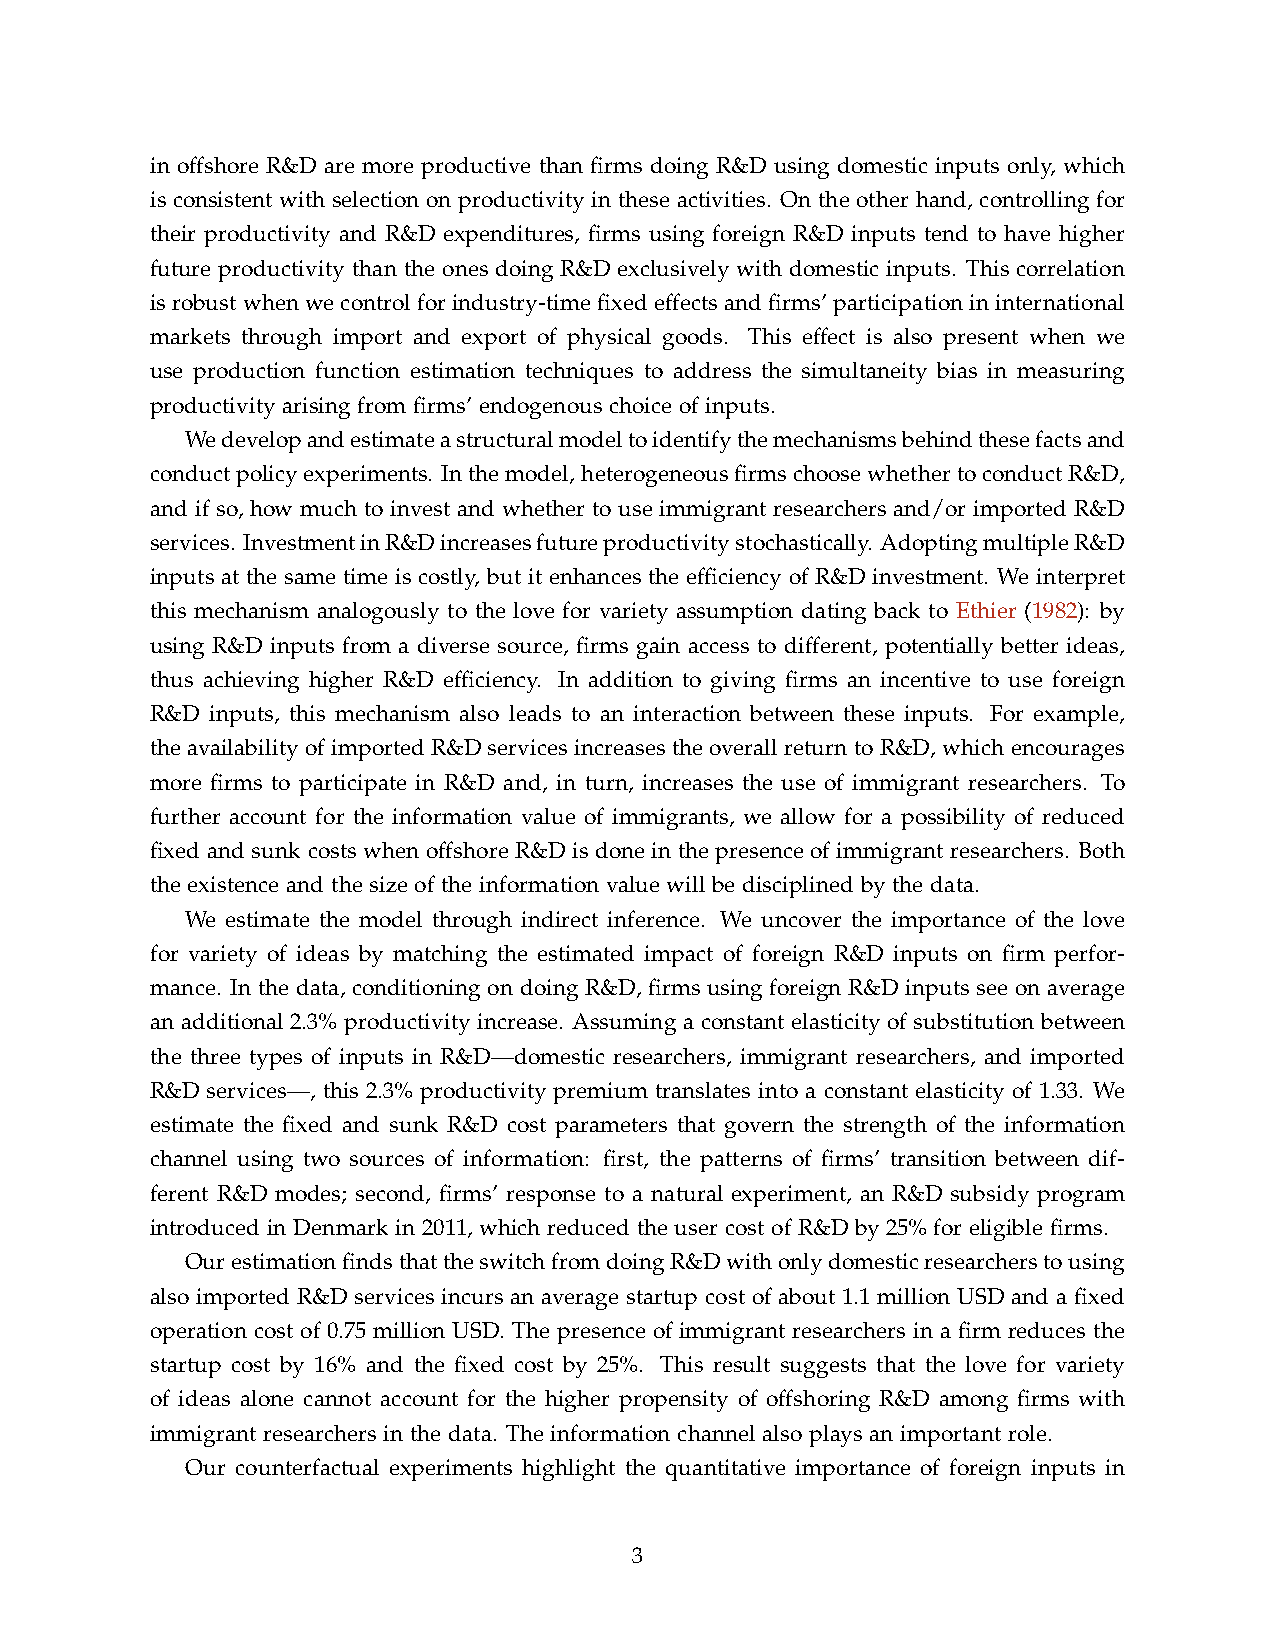
in offshore R&D are more productive than firms doing R&D using domestic inputs only, which
 is consistent with selection on productivity in these activities. On the other hand, controlling for
 their productivity and R&D expenditures, firms using foreign R&D inputs tend to have higher
 future productivity than the ones doing R&D exclusively with domestic inputs. This correlation
 isrobustwhenwecontrolforindustry-timefixedeffectsandfirms’participationininternational
 markets through import and export of physical goods. This effect is also present when we
 use production function estimation techniques to address the simultaneity bias in measuring
 productivity arising from firms’ endogenous choice of inputs.
 Wedevelopandestimateastructuralmodeltoidentifythemechanismsbehindthesefactsand
 conductpolicyexperiments. Inthemodel,heterogeneousfirmschoosewhethertoconductR&D,
 and if so, how much to invest and whether to use immigrant researchers and/or imported R&D
 services. InvestmentinR&Dincreasesfutureproductivitystochastically. AdoptingmultipleR&D
 inputs at the same time is costly, but it enhances the efficiency of R&D investment. We interpret
 this mechanism analogously to the love for variety assumption dating back to Ethier (1982): by
 using R&D inputs from a diverse source, firms gain access to different, potentially better ideas,
 thus achieving higher R&D efficiency. In addition to giving firms an incentive to use foreign
 R&D inputs, this mechanism also leads to an interaction between these inputs. For example,
 the availability of imported R&D services increases the overall return to R&D, which encourages
 more firms to participate in R&D and, in turn, increases the use of immigrant researchers. To
 further account for the information value of immigrants, we allow for a possibility of reduced
 fixed and sunk costs when offshore R&D is done in the presence of immigrant researchers. Both
 the existence and the size of the information value will be disciplined by the data.
 We estimate the model through indirect inference. We uncover the importance of the love
 for variety of ideas by matching the estimated impact of foreign R&D inputs on firm perfor-
 mance. In the data, conditioning on doing R&D, firms using foreign R&D inputs see on average
 an additional 2.3% productivity increase. Assuming a constant elasticity of substitution between
 the three types of inputs in R&D—domestic researchers, immigrant researchers, and imported
 R&D services—, this 2.3% productivity premium translates into a constant elasticity of 1.33. We
 estimate the fixed and sunk R&D cost parameters that govern the strength of the information
 channel using two sources of information: first, the patterns of firms’ transition between dif-
 ferent R&D modes; second, firms’ response to a natural experiment, an R&D subsidy program
 introduced in Denmark in 2011, which reduced the user cost of R&D by 25% for eligible firms.
 OurestimationfindsthattheswitchfromdoingR&Dwithonlydomesticresearcherstousing
 also imported R&D services incurs an average startup cost of about 1.1 million USD and a fixed
 operation cost of 0.75 million USD. The presence of immigrant researchers in a firm reduces the
 startup cost by 16% and the fixed cost by 25%. This result suggests that the love for variety
 of ideas alone cannot account for the higher propensity of offshoring R&D among firms with
 immigrant researchers in the data. The information channel also plays an important role.
 Our counterfactual experiments highlight the quantitative importance of foreign inputs in
 3